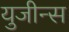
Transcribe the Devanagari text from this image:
युजीन्स